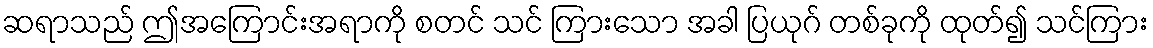
ဆရာသည် ဤအကြောင်းအရာကို စတင် သင် ကြားသော အခါ ပြယုဂ် တစ်ခုကို ထုတ်၍ သင်ကြား